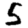
Digit: 5